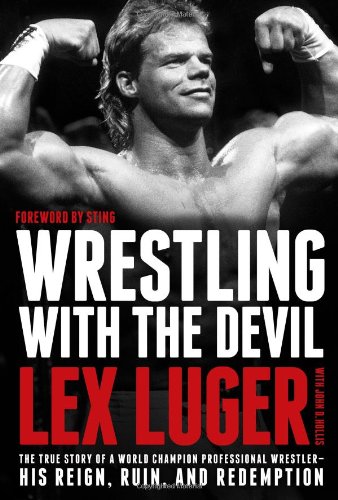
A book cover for Wrestling with the Devil: The True Story of a World Champion Professional Wrestler--His Reign, Ruin, and Redemption; Lex Luger; Biographies & Memoirs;